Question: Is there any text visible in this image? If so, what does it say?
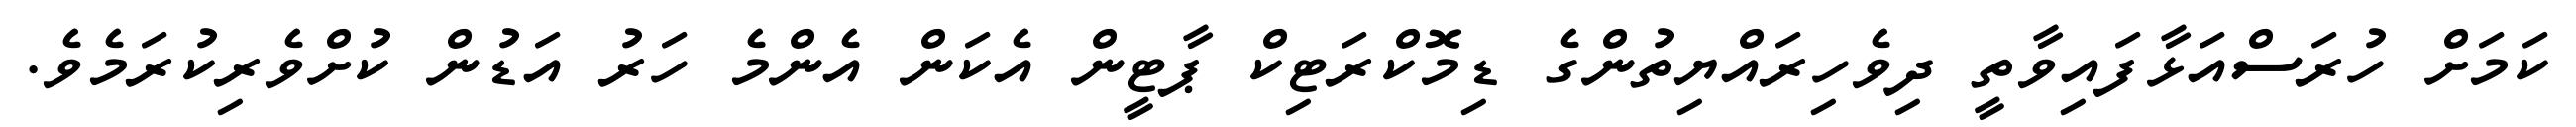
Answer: ކަމަށް ހުރަސްއަޅާފައިވާތީ ދިވެހިރައްޔިތުންގެ ޑިމޮކްރަޓިކް ޕާޓީން އެކަން އެންމެ ހަރު އަޑުން ކުށްވެރިކުރަމެވެ.